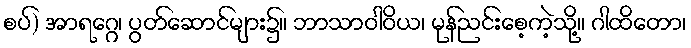
စပ်) အာရဂ္ဂေ၊ ပွတ်ဆောင်များ၌။ ဘာသာဝါဝိယ၊ မုန်ညင်းစေ့ကဲ့သို့။ ဂါထိတော၊